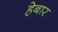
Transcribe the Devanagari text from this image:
हेबार